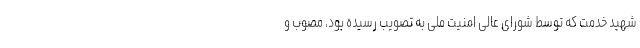
شهید خدمت که توسط شورای عالی امنیت ملی به تصویب رسیده بود، مصوب و